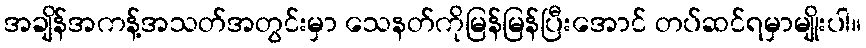
အချိန်အကန့်အသတ်အတွင်းမှာ သေနတ်ကိုမြန်မြန်ပြီးအောင် တပ်ဆင်ရမှာမျိုးပါ။